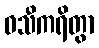
ဝသီကရိတွာ